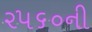
૨૫૬૦ની